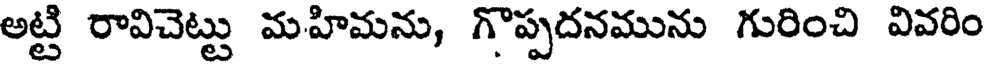
అట్టి రావిచెట్టు మహిమను, గొప్పదనమును గురించి వివరిం